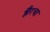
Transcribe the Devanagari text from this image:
झैरचा